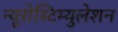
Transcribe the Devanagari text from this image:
न्यूरोस्टिम्युलेशन